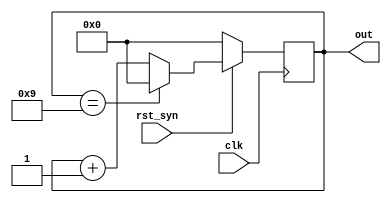
module bcd(clk, rst_syn,out); 
input clk;
input rst_syn;
output[3:0] out;
reg [3:0] out;

always@ (posedge clk)
begin
    if(!rst_syn)
        out=0;
    else if(out ==9)
        out=0;
    else    
        out=out+1;
end
endmodule